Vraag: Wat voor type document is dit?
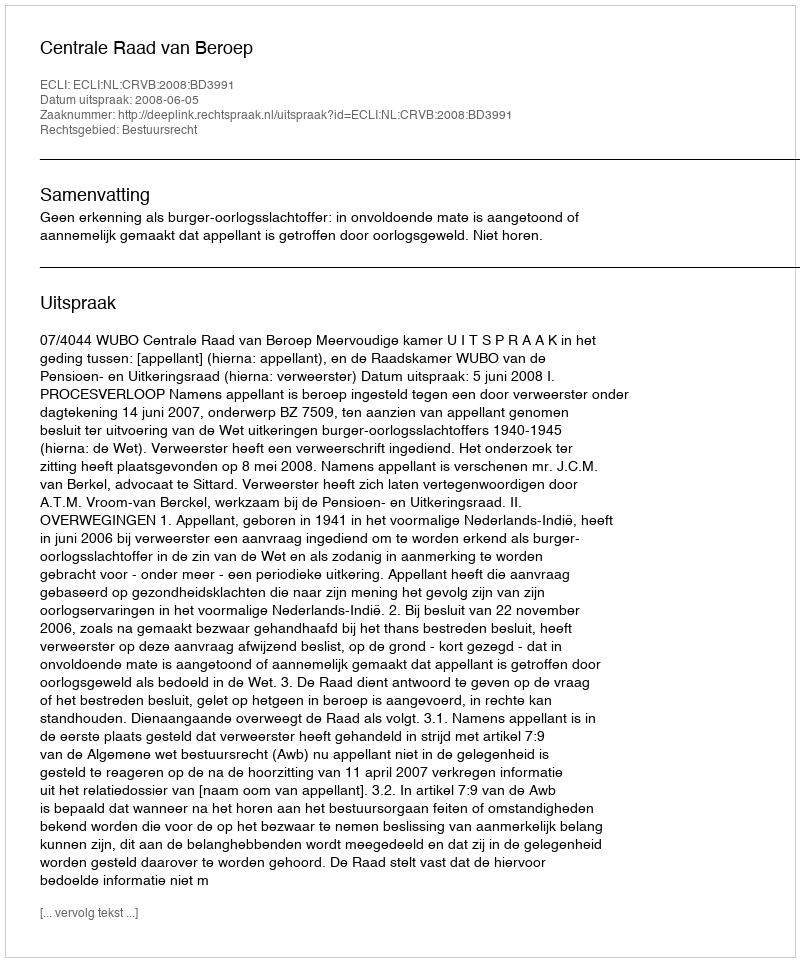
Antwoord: Uitspraak